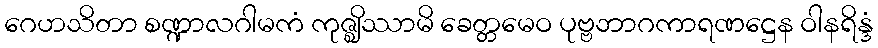
ဂေဟသိတာ စဏ္ဍာလဂါမကံ ကုဇ္ဈိဿာမိ ခေတ္တမေဝ ပုဗ္ဗဘာဂကာရဏဋ္ဌေန ဝါနရိန္ဒံ